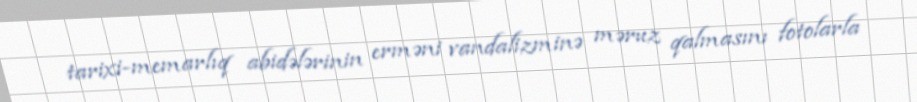
tarixi-memarlıq abidələrinin erməni vandalizminə məruz qalmasını fotolarla